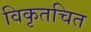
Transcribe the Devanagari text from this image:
विकृतचित